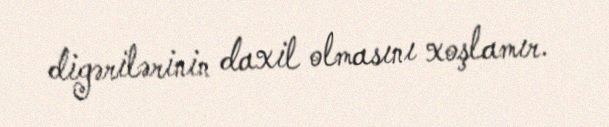
digərilərinin daxil olmasını xoşlamır.